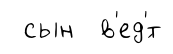
сын в'ед'́т